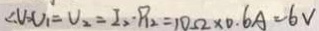
\angle V _ { 2 } V _ { 1 } = V _ { 2 } = I _ { 2 } \cdot P _ { 1 2 } = 1 0 \Omega \times 0 . 6 A = 6 V